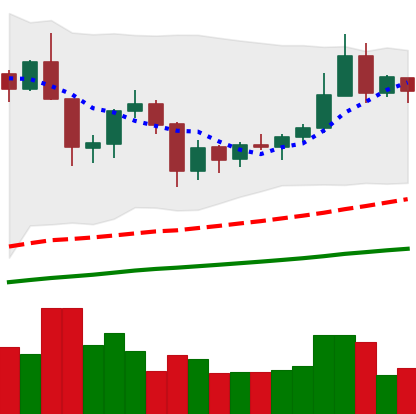
Ticker: XRP-USD
Chart end date: 2019-06-20
Forward return: 8.935%
Label: up_7plus